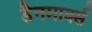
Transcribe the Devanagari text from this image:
डैनमार्क्स